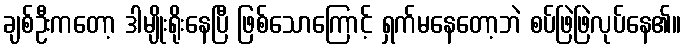
ချစ်ဦးကတော့ ဒါမျိုးရိုးနေပြီ ဖြစ်သောကြောင့် ရှက်မနေတော့ဘဲ စပ်ဖြဲဖြဲလုပ်နေ၏။